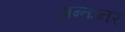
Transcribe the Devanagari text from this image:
अन्तःनर